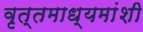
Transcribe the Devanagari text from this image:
वृत्तमाध्यमांशी